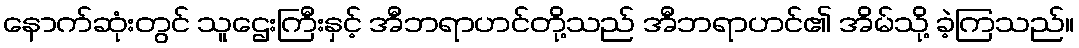
နောက်ဆုံးတွင် သူဌေးကြီးနှင့် အီဘရာဟင်တို့သည် အီဘရာဟင်၏ အိမ်သို့ ခဲ့ကြသည်။